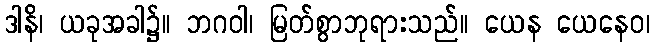
ဒါနိ၊ ယခုအခါ၌။ ဘဂဝါ၊ မြတ်စွာဘုရားသည်။ ယေန ယေနေဝ၊